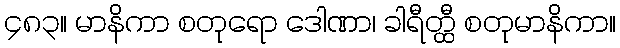
၄၈၃။ မာနိကာ စတုရော ဒေါဏာ၊ ခါရီတ္ထီ စတုမာနိကာ။